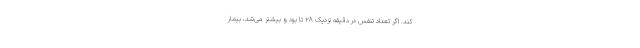
کند. اگر تعداد تنفس در دقیقه نزدیک ۲۸ تا بود و بیشتر می‌شد، بیمار